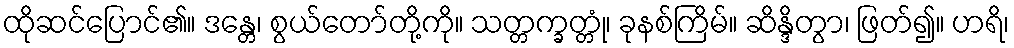
ထိုဆင်ပြောင်၏။ ဒန္တေ၊ စွယ်တော်တို့ကို။ သတ္တက္ခတ္တုံ၊ ခုနစ်ကြိမ်။ ဆိန္ဒိတွာ၊ ဖြတ်၍။ ဟရိ၊